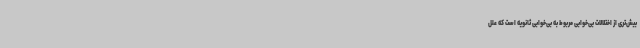
بیش‌تری از اختلالات بی‌خوابی مربوط به بی‌خوابی ثانویه است که علل